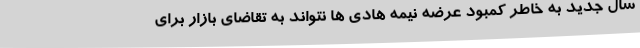
سال جدید به خاطر کمبود عرضه نیمه هادی ها نتواند به تقاضای بازار برای